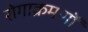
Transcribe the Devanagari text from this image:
रोगाक्रमणों